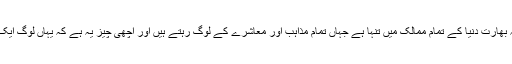
انہوں نے کہا کہ بھارت دنیا کے تمام ممالک میں تنہا ہے جہاں تمام مذاہب اور معاشرے کے لوگ رہتے ہیں اور اچھی چیز یہ ہے کہ یہاں لوگ ایک ساتھ متحد ہیں ۔